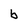
Character: b